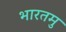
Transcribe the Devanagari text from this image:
भारतमु